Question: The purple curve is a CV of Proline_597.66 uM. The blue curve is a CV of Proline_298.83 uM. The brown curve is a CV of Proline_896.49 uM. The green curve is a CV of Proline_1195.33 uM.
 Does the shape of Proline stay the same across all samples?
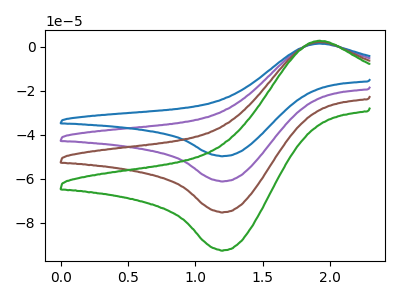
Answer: <think>The purple curve "Proline_597.66 uM" has an anodic peak at (1.90V, 1.90uA) and a cathodic peak at (1.20V, -61.10uA). The blue curve "Proline_298.83 uM" has an anodic peak at (1.90V, 1.55uA) and a cathodic peak at (1.20V, -49.65uA). The brown curve "Proline_896.49 uM" has an anodic peak at (1.90V, 3.75uA) and a cathodic peak at (1.20V, -122.20uA). The green curve "Proline_1195.33 uM" has an anodic peak at (1.90V, 5.65uA) and a cathodic peak at (1.20V, -183.30uA).
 All the peaks in "Proline_597.66 uM" have a peak in "Proline_298.83 uM" at the same potential. Every peak in "Proline_597.66 uM" is higher than every peak in "Proline_298.83 uM". All the peaks in "Proline_597.66 uM" have a peak in "Proline_896.49 uM" at the same potential. Every peak in "Proline_597.66 uM" is lower than every peak in "Proline_896.49 uM". All the peaks in "Proline_597.66 uM" have a peak in "Proline_1195.33 uM" at the same potential. Every peak in "Proline_597.66 uM" is lower than every peak in "Proline_1195.33 uM". All the peaks in "Proline_298.83 uM" have a peak in "Proline_896.49 uM" at the same potential. Every peak in "Proline_298.83 uM" is lower than every peak in "Proline_896.49 uM". All the peaks in "Proline_298.83 uM" have a peak in "Proline_1195.33 uM" at the same potential. Every peak in "Proline_298.83 uM" is lower than every peak in "Proline_1195.33 uM". All the peaks in "Proline_896.49 uM" have a peak in "Proline_1195.33 uM" at the same potential. Every peak in "Proline_896.49 uM" is lower than every peak in "Proline_1195.33 uM".</think>
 <answer>All the CV's of "Proline" have similar shape.</answer>
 <eval>follow_rule</eval>